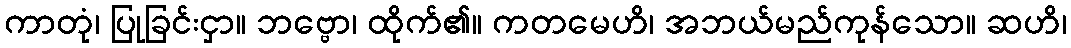
ကာတုံ၊ ပြုခြင်းငှာ။ ဘဗ္ဗော၊ ထိုက်၏။ ကတမေဟိ၊ အဘယ်မည်ကုန်သော။ ဆဟိ၊